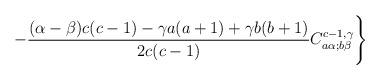
LaTeX: \begin{align*}- \frac{(\alpha-\beta)c(c-1) - \gamma a(a+1) + \gamma b(b+1)}{2c(c-1)} C_{a\alpha;b\beta}^{c-1,\gamma}\Biggr\}\end{align*}